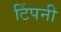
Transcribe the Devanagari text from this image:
टिंपनी